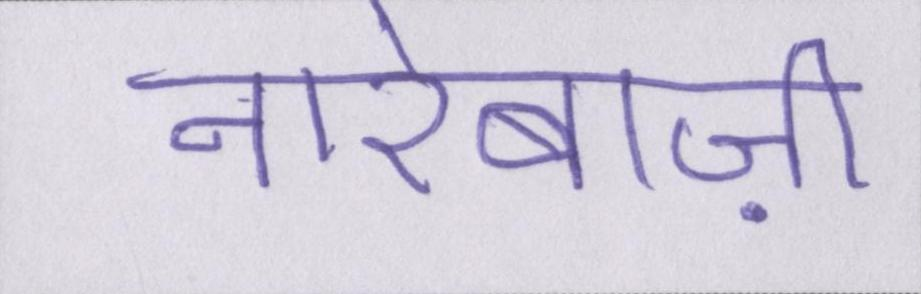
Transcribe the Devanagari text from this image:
नारेबाज़ी